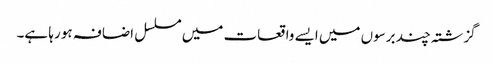
گزشتہ چند برسوں میں ایسے واقعات میں مسلسل اضافہ ہو رہا ہے۔